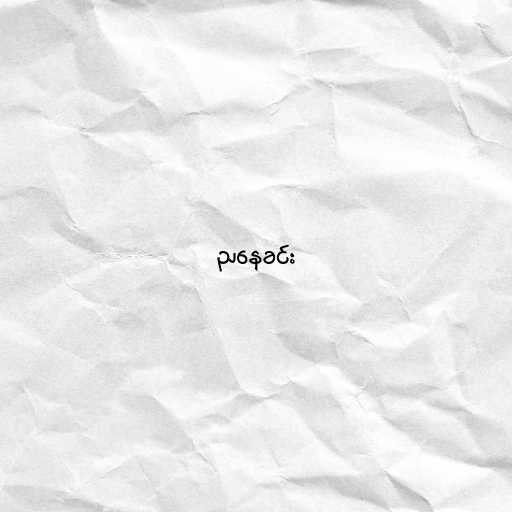
ညနေခင်း